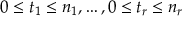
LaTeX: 0 \leq t _ { 1 } \leq n _ { 1 } , \dots , 0 \leq t _ { r } \leq n _ { r }